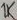
Text: 1K